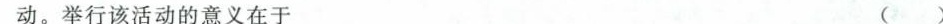
动。举行该活动的意义在于 ( )